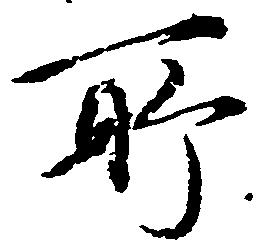
所